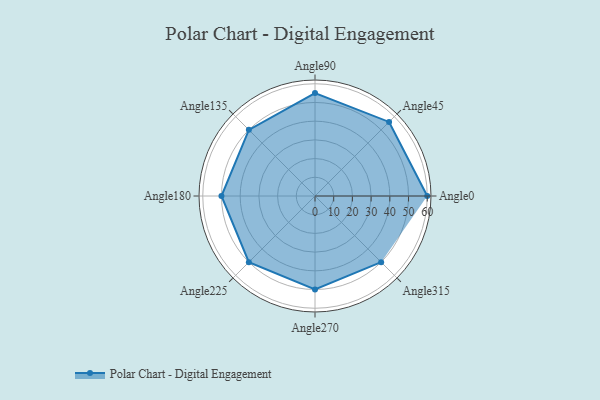
{"axis": {"x": "Angle", "y": "Radius"}, "legend": [""], "data": [{"x": "Angle0", "y": 60.0, "type": ""}, {"x": "Angle45", "y": 56.0, "type": ""}, {"x": "Angle90", "y": 55.0, "type": ""}, {"x": "Angle135", "y": 50, "type": ""}, {"x": "Angle180", "y": 50, "type": ""}, {"x": "Angle225", "y": 50, "type": ""}, {"x": "Angle270", "y": 50, "type": ""}, {"x": "Angle315", "y": 50, "type": ""}]}